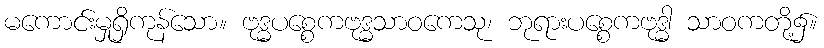
မကောင်းမှုရှိကုန်သော။ ဗုဒ္ဓပစ္စေကဗုဒ္ဓသာဝကေသု၊ ဘုရားပစ္စေကဗုဒ္ဓါ သာဝကတို့၌။